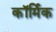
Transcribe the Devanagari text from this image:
कॉर्मिक